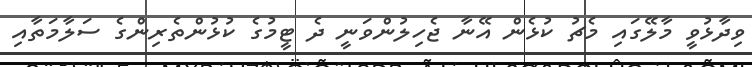
ވިދާޅުވީ މާލޭގައި މެޗު ކުޅެން އޭނާ ޖެހިލުންވަނީ ދެ ޓީމުގެ ކުޅުންތެރިންގެ ސަލާމަތާއި